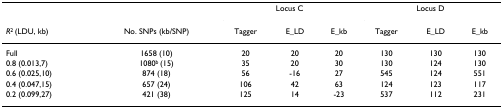
|  |  | <COLSPAN=3> Locus C | <COLSPAN=3> Locus D |
 | R2 (LDU, kb) | No. SNPs (kb/SNP) | Tagger | E_LD | E_kb | Tagger | E_LD | E_kb |
 | --- | --- | --- | --- | --- | --- | --- | --- |
 | Full | 1658 (10) | 20 | 20 | 20 | 130 | 130 | 130 |
 | 0.8 (0.013,7) | 1080b (15) | 35 | 20 | 30 | 130 | 124 | 130 |
 | 0.6 (0.025,10) | 874 (18) | 56 | -16 | 27 | 545 | 124 | 551 |
 | 0.4 (0.047,15) | 657 (24) | 106 | 42 | 63 | 124 | 123 | 117 |
 | 0.2 (0.099,27) | 421 (38) | 125 | 14 | -23 | 537 | 112 | 231 |